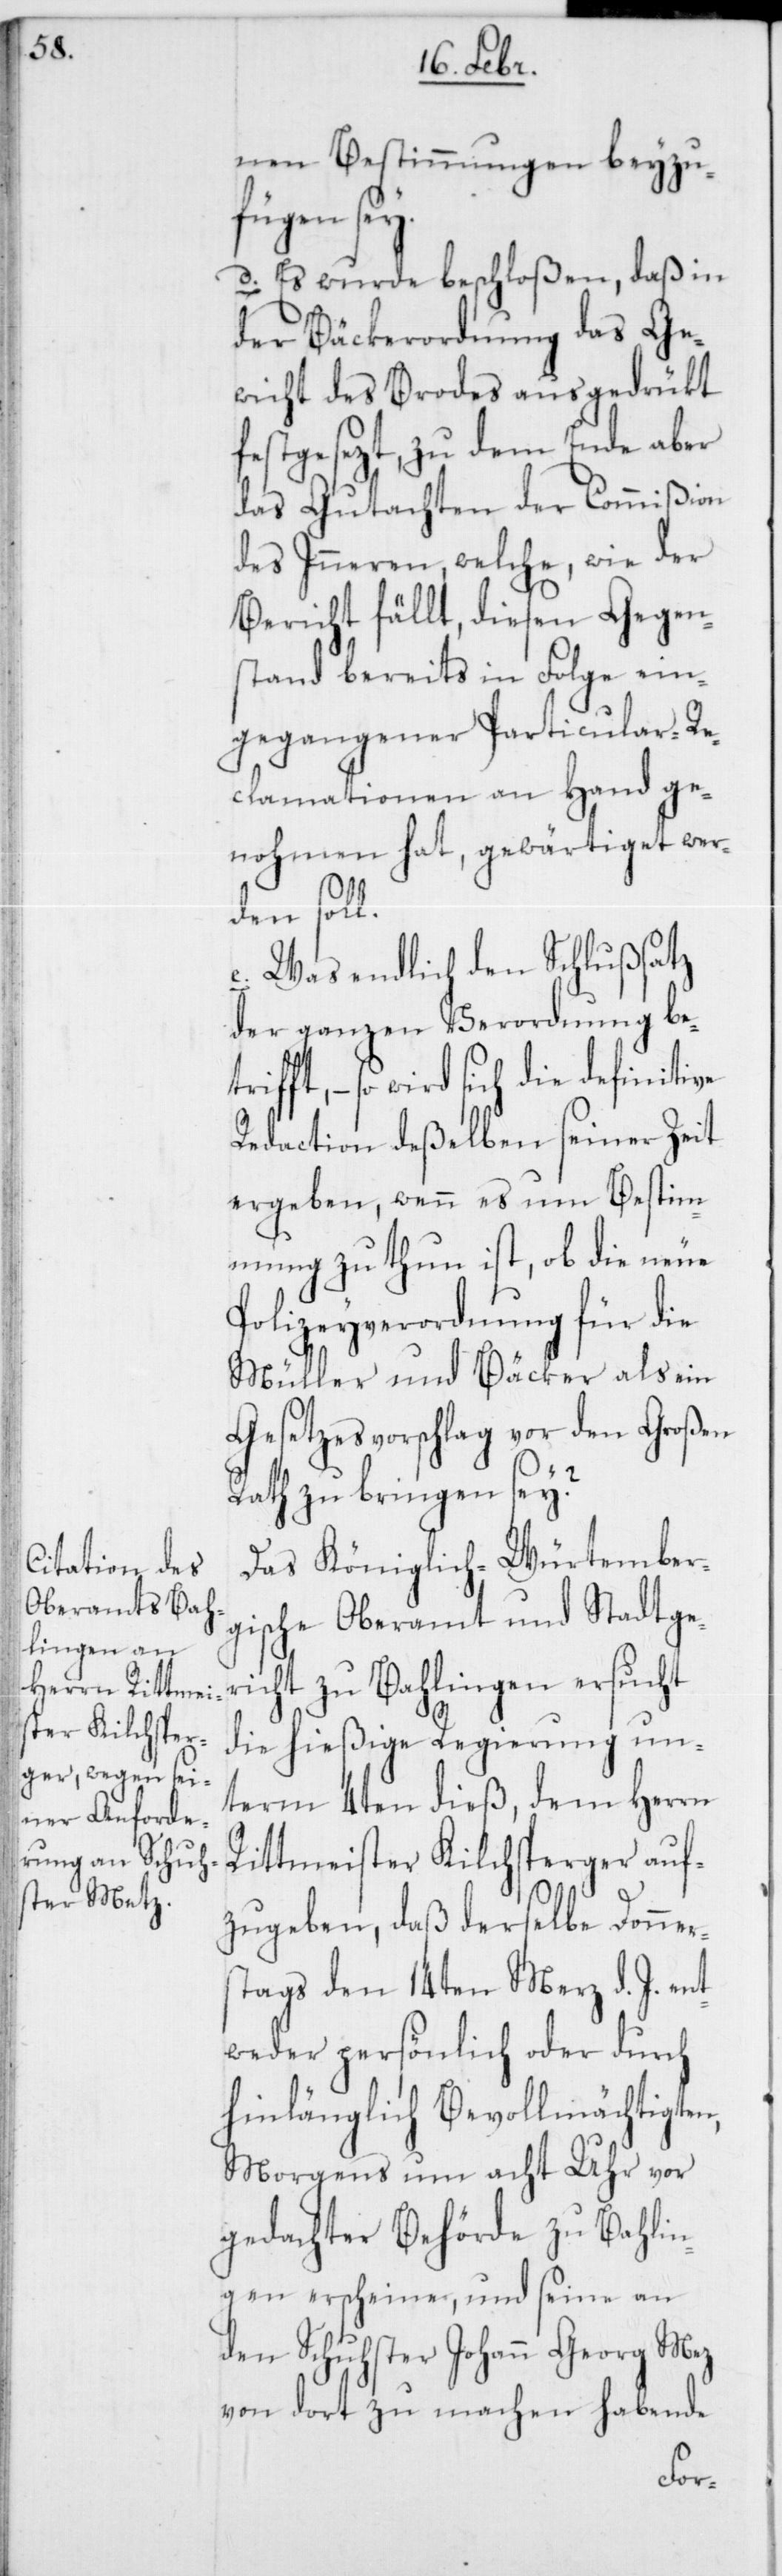
nen Bestimmungen beyzu¬
fügen sey.
d. Es wurde beschloßen, daß in
der Bäckerordnung das Ge¬
wicht des Brodes ausgedrükt
festgesezt, zu dem Ende aber
das Gutachten der Commißion
des Inneren, welche, wie der
Bericht fällt, diesen Gegen¬
stand bereits in Folge ein¬
gegangener Particular-Re¬
clamationen an Hand ge¬
nohmen hat, gewärtiget wer¬
den soll.
e. Was endlich den Schlußsatz
der ganzen Verordnung be¬
t, – so wird sich die definitive
Redaction deßelben seiner Zeit
ergeben, wenn es um Bestim¬
mung zu thun ist, ob die neue
Polizeyverordnung für die
Müller und Bäcker als ein
Gesetzesvorschlag vor den Großen
Rath zu bringen sey?
Das Königlich-Würtember¬
gische Oberamt und Stadtger¬
icht zu Bahlingen ersucht
die hießige Regierung un¬
term 4ten dieß, dem Herrn
Rittmeister Kilchsperger auf¬
triff¬
zugeben, daß derselbe Donners¬
tags den 14ten Merz d. J. en¬
tweder persönlich oder durch
hinlänglich Bevollmächtigten,
Morgens um acht Uhr vor
gedachter Behörde zu Bahlin¬
gen erscheine, und seine an
den Schuhster Johann Georg Mez
von dort zu machen habende